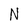
Character: N